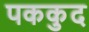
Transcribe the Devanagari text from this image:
पककुद